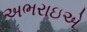
અભરાઇએ